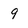
Character: 9